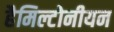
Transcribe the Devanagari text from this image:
हैमिल्टोनीयन